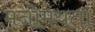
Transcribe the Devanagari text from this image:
मनोमयता